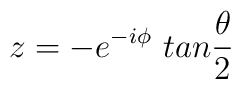
z= -e^{-i\phi}~tan\frac{\theta}{2}